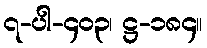
၇-ပါ-၄၀၃၊ ဋ္ဌ-၁၈၄။